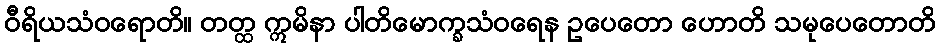
ဝီရိယသံဝရောတိ။ တတ္ထ ဣမိနာ ပါတိမောက္ခသံဝရေန ဥပေတော ဟောတိ သမုပေတောတိ